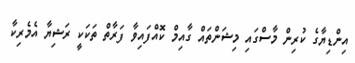
އިންޑިޔާގެ ކުރިން މާސްގައި މިޝަންތައް ގާއިމް ކޮއްފައިވާ ފަރާތް ތަކަކީ ރަޝިޔާ އެމެރިކާ